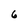
Character: 6